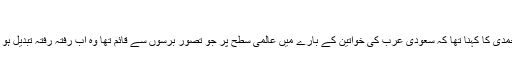
‘
جوہرہ حمدی کا کہنا تھا کہ سعودی عرب کی خواتین کے بارے میں عالمی سطح پر جو تصور برسوں سے قائم تھا وہ اب رفتہ رفتہ تبدیل ہو رہا ہے۔